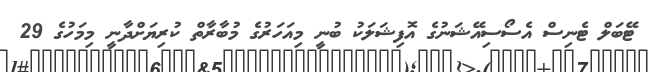
ޓޭބަލް ޓެނިސް އެސޯސިއޭޝަނުގެ އޮފިޝަލަކު ބުނީ މިއަހަރުގެ މުބާރާތް ކުރިޔަށްދާނީ މިމަހުގެ 29